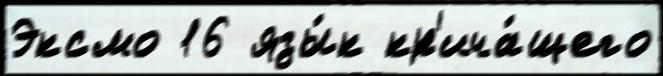
Эксмо 16 язы́к кр'ича́щего